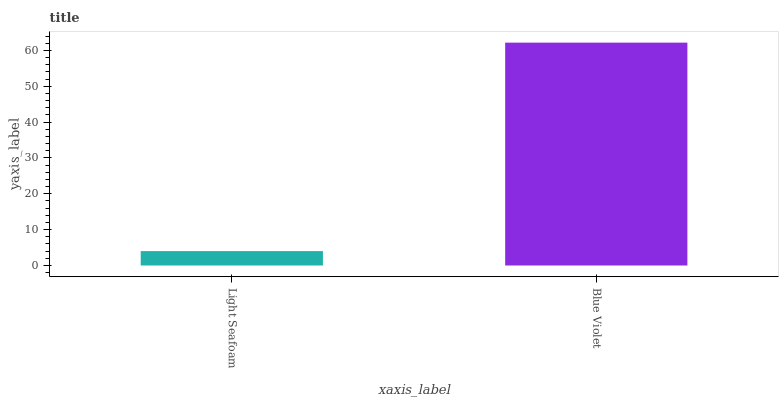
| xaxis_label | bars |
 | --- | --- |
 | Light Seafoam | 4.02 |
 | Blue Violet | 62.2 |